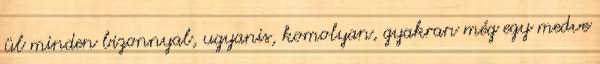
ül minden bizonnyal, ugyanis, komolyan, gyakran még egy medve